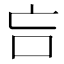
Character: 吂